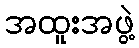
အထူးအဖွဲ့